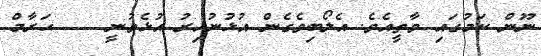
ނޫން ކަމުގައި ވާތީއެވެ. އެލޯބިވެގެން އުޅުނުއިރު އުޅެވުނީ    ޙަރާމް